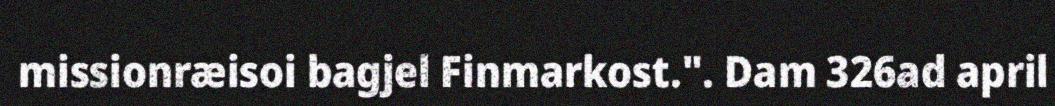
missionræisoi bagjel Finmarkost.". Dam 326ad april